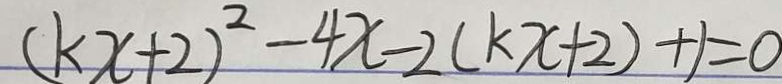
( k x + 2 ) ^ { 2 } - 4 x - 2 ( k x + 2 ) + 1 = 0